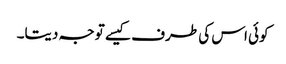
کوئی اس کی طرف کیسے توجہ دیتا۔